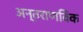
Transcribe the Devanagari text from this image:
अन्तराणविक